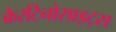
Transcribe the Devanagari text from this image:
केरटिनोसाइट्स